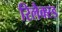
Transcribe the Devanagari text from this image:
रिलैक्स्ड